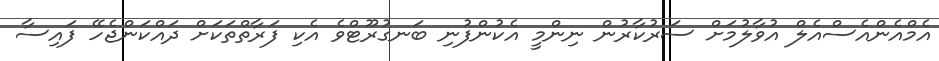
އެމްއެންއެސްއެލް އުވާލުމަށް ސަރުކާރުން ނިންމީ އެކުންފުނި ބަނގުރޫޓްވެ އެކި ފަރާތްތަކަށް ދައްކަންޖެހޭ ފައިސާ